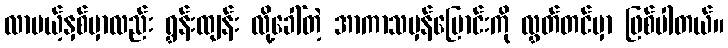
လာမယ့်နှစ်မှာလည်း ရွှန်းထျန်း လို့ခေါ်တဲ့ အာကာသမှန်ပြောင်းကို လွှတ်တင်မှာ ဖြစ်ပါတယ်။